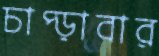
চাপ্‌ড়াবার